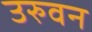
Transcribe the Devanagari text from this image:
उरुवन